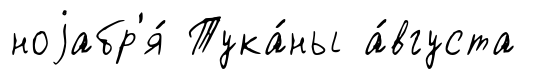
ноjабр'я́ Тука́ны а́вгуста